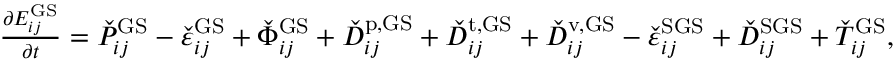
\begin{array} { r } { \frac { \partial E _ { i j } ^ { \mathrm { G S } } } { \partial t } = \check { P } _ { i j } ^ { \mathrm { G S } } - \check { \varepsilon } _ { i j } ^ { \mathrm { G S } } + \check { \Phi } _ { i j } ^ { \mathrm { G S } } + \check { D } _ { i j } ^ { \mathrm { p , G S } } + \check { D } _ { i j } ^ { \mathrm { t , G S } } + \check { D } _ { i j } ^ { \mathrm { v , G S } } - \check { \varepsilon } _ { i j } ^ { \mathrm { S G S } } + \check { D } _ { i j } ^ { \mathrm { S G S } } + \check { T } _ { i j } ^ { \mathrm { G S } } , } \end{array}